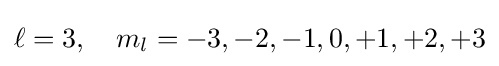
\ell =3,\quad m_{l}=-3,-2,-1,0,+1,+2,+3